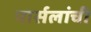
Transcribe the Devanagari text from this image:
पार्सलांची